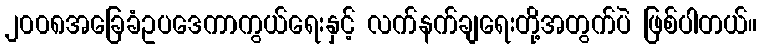
၂၀၀၈အခြေခံဥပဒေကာကွယ်ရေးနှင့် လက်နက်ချရေးတို့အတွက်ပဲ ဖြစ်ပါတယ်။